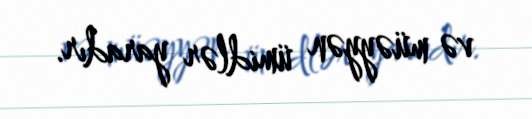
və müəyyən ümidlər yaradır.